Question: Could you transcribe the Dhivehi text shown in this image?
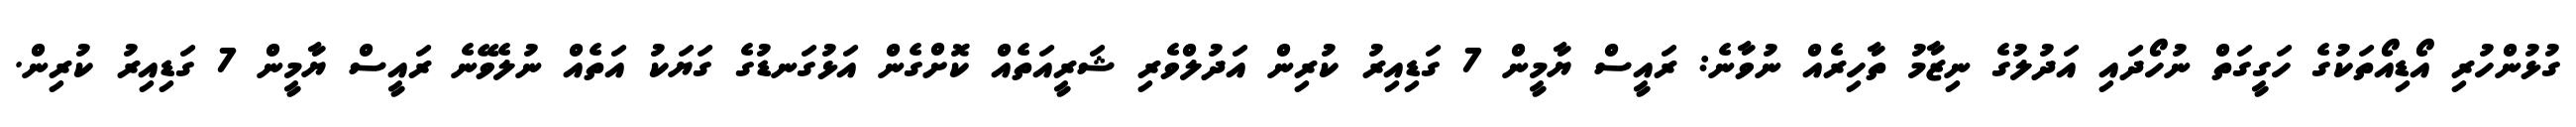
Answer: ގުޅުންހުރި އޯޑިއޯތަކުގެ ހަގީގަތް ނުހޯދައި އަދުލުގެ ނިޒާމު ތާހިރެއް ނުވާނެ: ރައީސް ޔާމީން 7 ގަޑިއިރު ކުރިން އަދުލްވެރި ޝަރީއަތެއް ކޮށްގެން އަޅުގަނޑުގެ ގަޔަކު އަތެއް ނުލެވޭނެ ރައީސް ޔާމީން 7 ގަޑިއިރު ކުރިން.